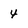
Character: 4